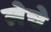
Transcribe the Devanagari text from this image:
लेचे